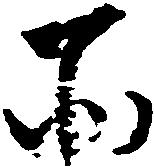
所